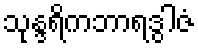
သုန္ဒရိကဘာရဒွါဇံ